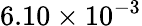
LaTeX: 6.10\times 10^{-3}